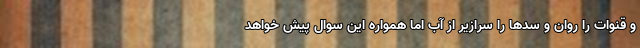
و قنوات را روان و سدها را سرازير از آب اما همواره اين سوال پيش خواهد